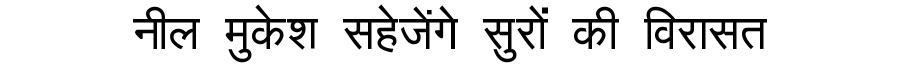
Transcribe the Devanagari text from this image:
नील मुकेश सहेजेंगे सुरों की विरासत